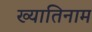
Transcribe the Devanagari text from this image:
ख्यातिनाम